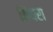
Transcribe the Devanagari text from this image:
बियरा